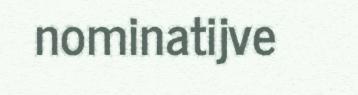
nominatijve